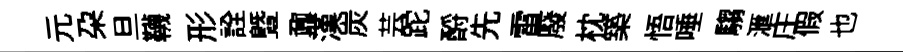
元朶旦韈形詮暨鼐漢炭芸跎酹先雷廢枕築悟唾騶滙庄假也